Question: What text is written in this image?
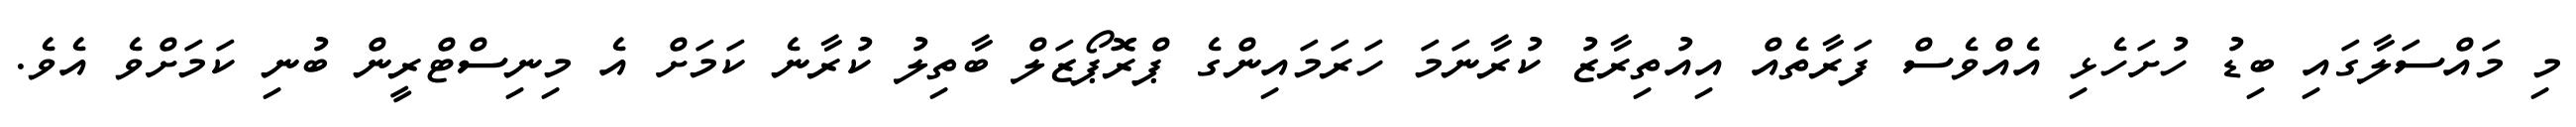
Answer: މި މައްސަލާގައި ބިޑު ހުށަހެޅި އެއްވެސް ފަރާތެއް އިއުތިރާޒު ކުރާނަމަ ހަރަމައިންގެ ޕްރޮޕޯޒަލް ބާތިލު ކުރާނެ ކަމަށް އެ މިނިސްޓްރީން ބުނި ކަމަށްވެ އެވެ.